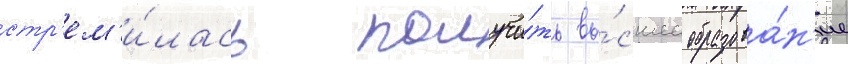
стр'ем'и́лась получи́ть вы́сшее образова́н'ие